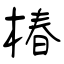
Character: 椿